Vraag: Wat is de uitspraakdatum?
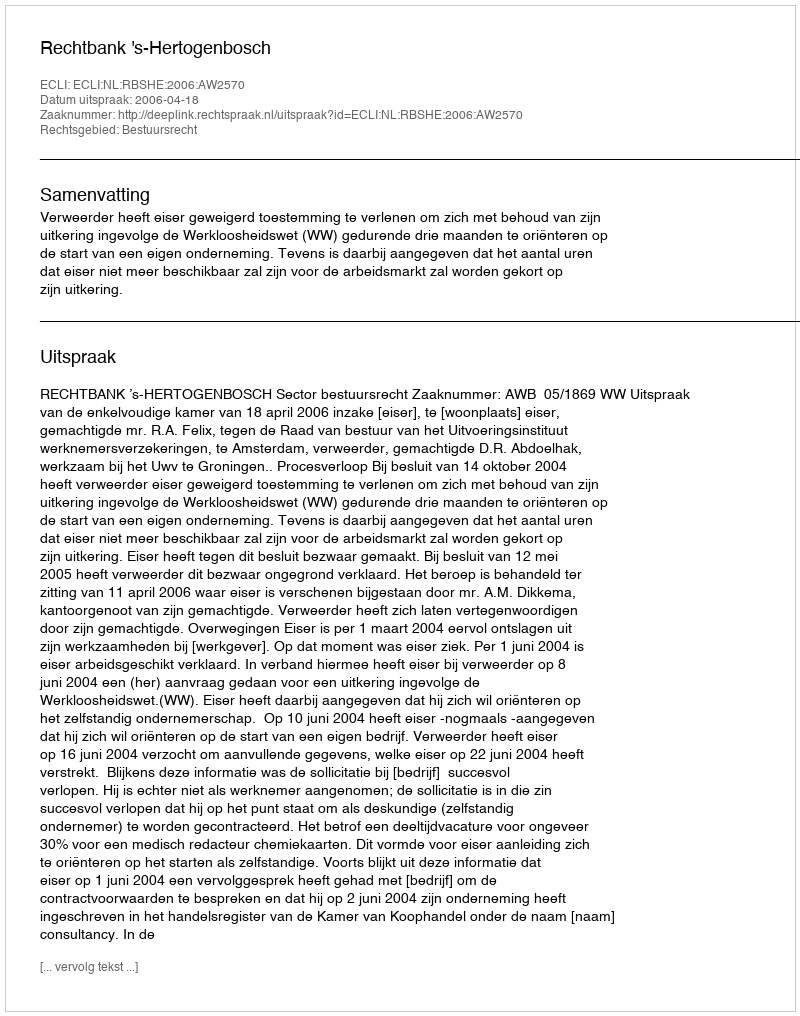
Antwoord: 2006-04-18